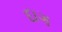
દાગ